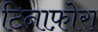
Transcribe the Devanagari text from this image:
टिनाफ़ोरा